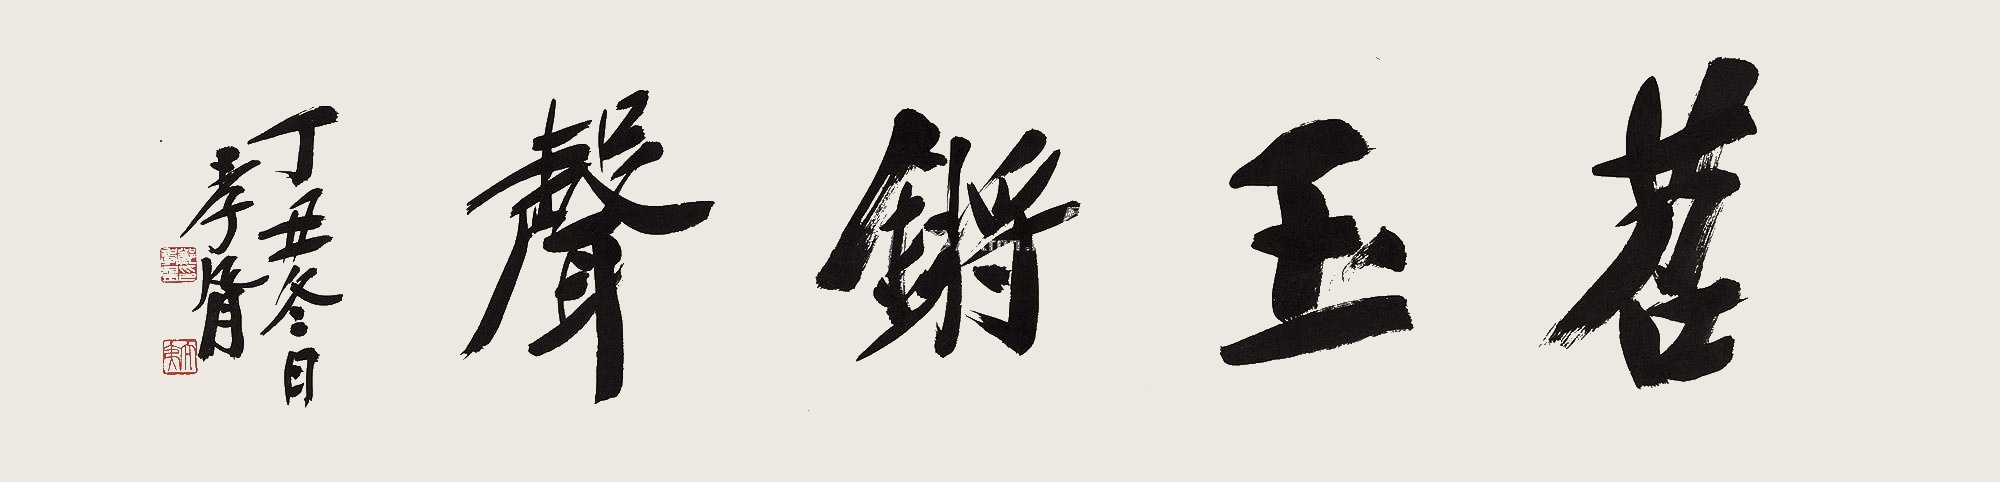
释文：苕玉锵声丁丑冬日，孝胥。